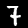
Label: 7